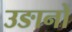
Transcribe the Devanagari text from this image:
उङानों